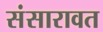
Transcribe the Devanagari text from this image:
संसारावत